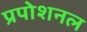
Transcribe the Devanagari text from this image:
प्रपोशनल